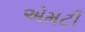
એમટી